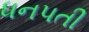
ધનપતી